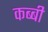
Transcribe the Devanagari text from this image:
कब्बी